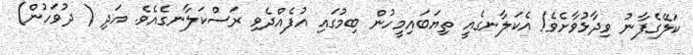
ކަލޭގެފާނު ވިދާޅުވާށެވެ! އެކަލާނގެއީ ތިޔަބައިމީހުން ބިމުގައި އުފެއްދެވި ރަސްކަލާނގެއެވެ. އަދި ( ދުވަހުން)